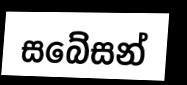
සබේසන්